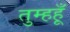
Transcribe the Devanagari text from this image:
तुम्हहूँ